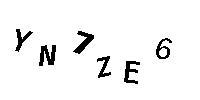
YN7ZE6